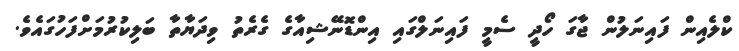
ކްލެއިން ފައިނަލުން ޖާގަ ހޯދީ ސެމީ ފައިނަލްގައި އިންޑޮނޭޝިއާގެ ގެރެތު ވިދަޔާތާ ބަލިކުރުމަށްފަހުގައެވެ.